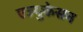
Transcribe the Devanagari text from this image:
एज्युकेसन